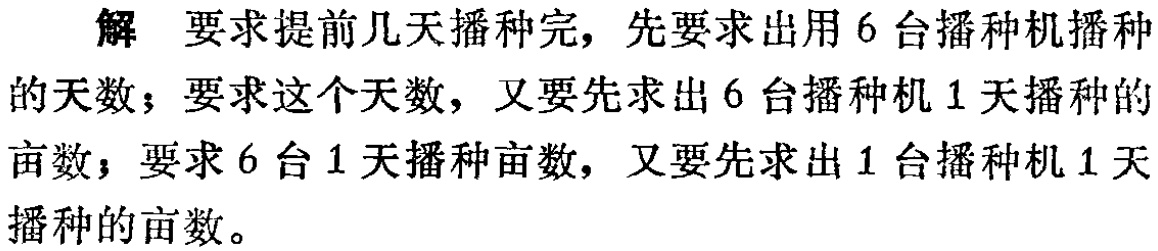
解 要求提前几天播种完，先要求出用6台播种机播种
的天数；要求这个天数，又要先求出6台播种机1天播种的
亩数；要求6台1天播种亩数，又要先求出1台播种机1天
播种的亩数。